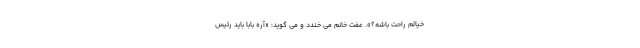
خیالم راحت باشه؟». عفت خانم می خندد و می گوید: «آره بابا باید رئیس